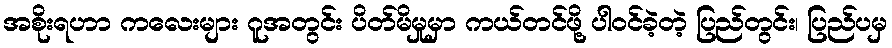
အစိုးရဟာ ကလေးများ ဂူအတွင်း ပိတ်မိမှုမှာ ကယ်တင်ဖို့ ပါဝင်ခဲ့တဲ့ ပြည်တွင်း၊ ပြည်ပမှ